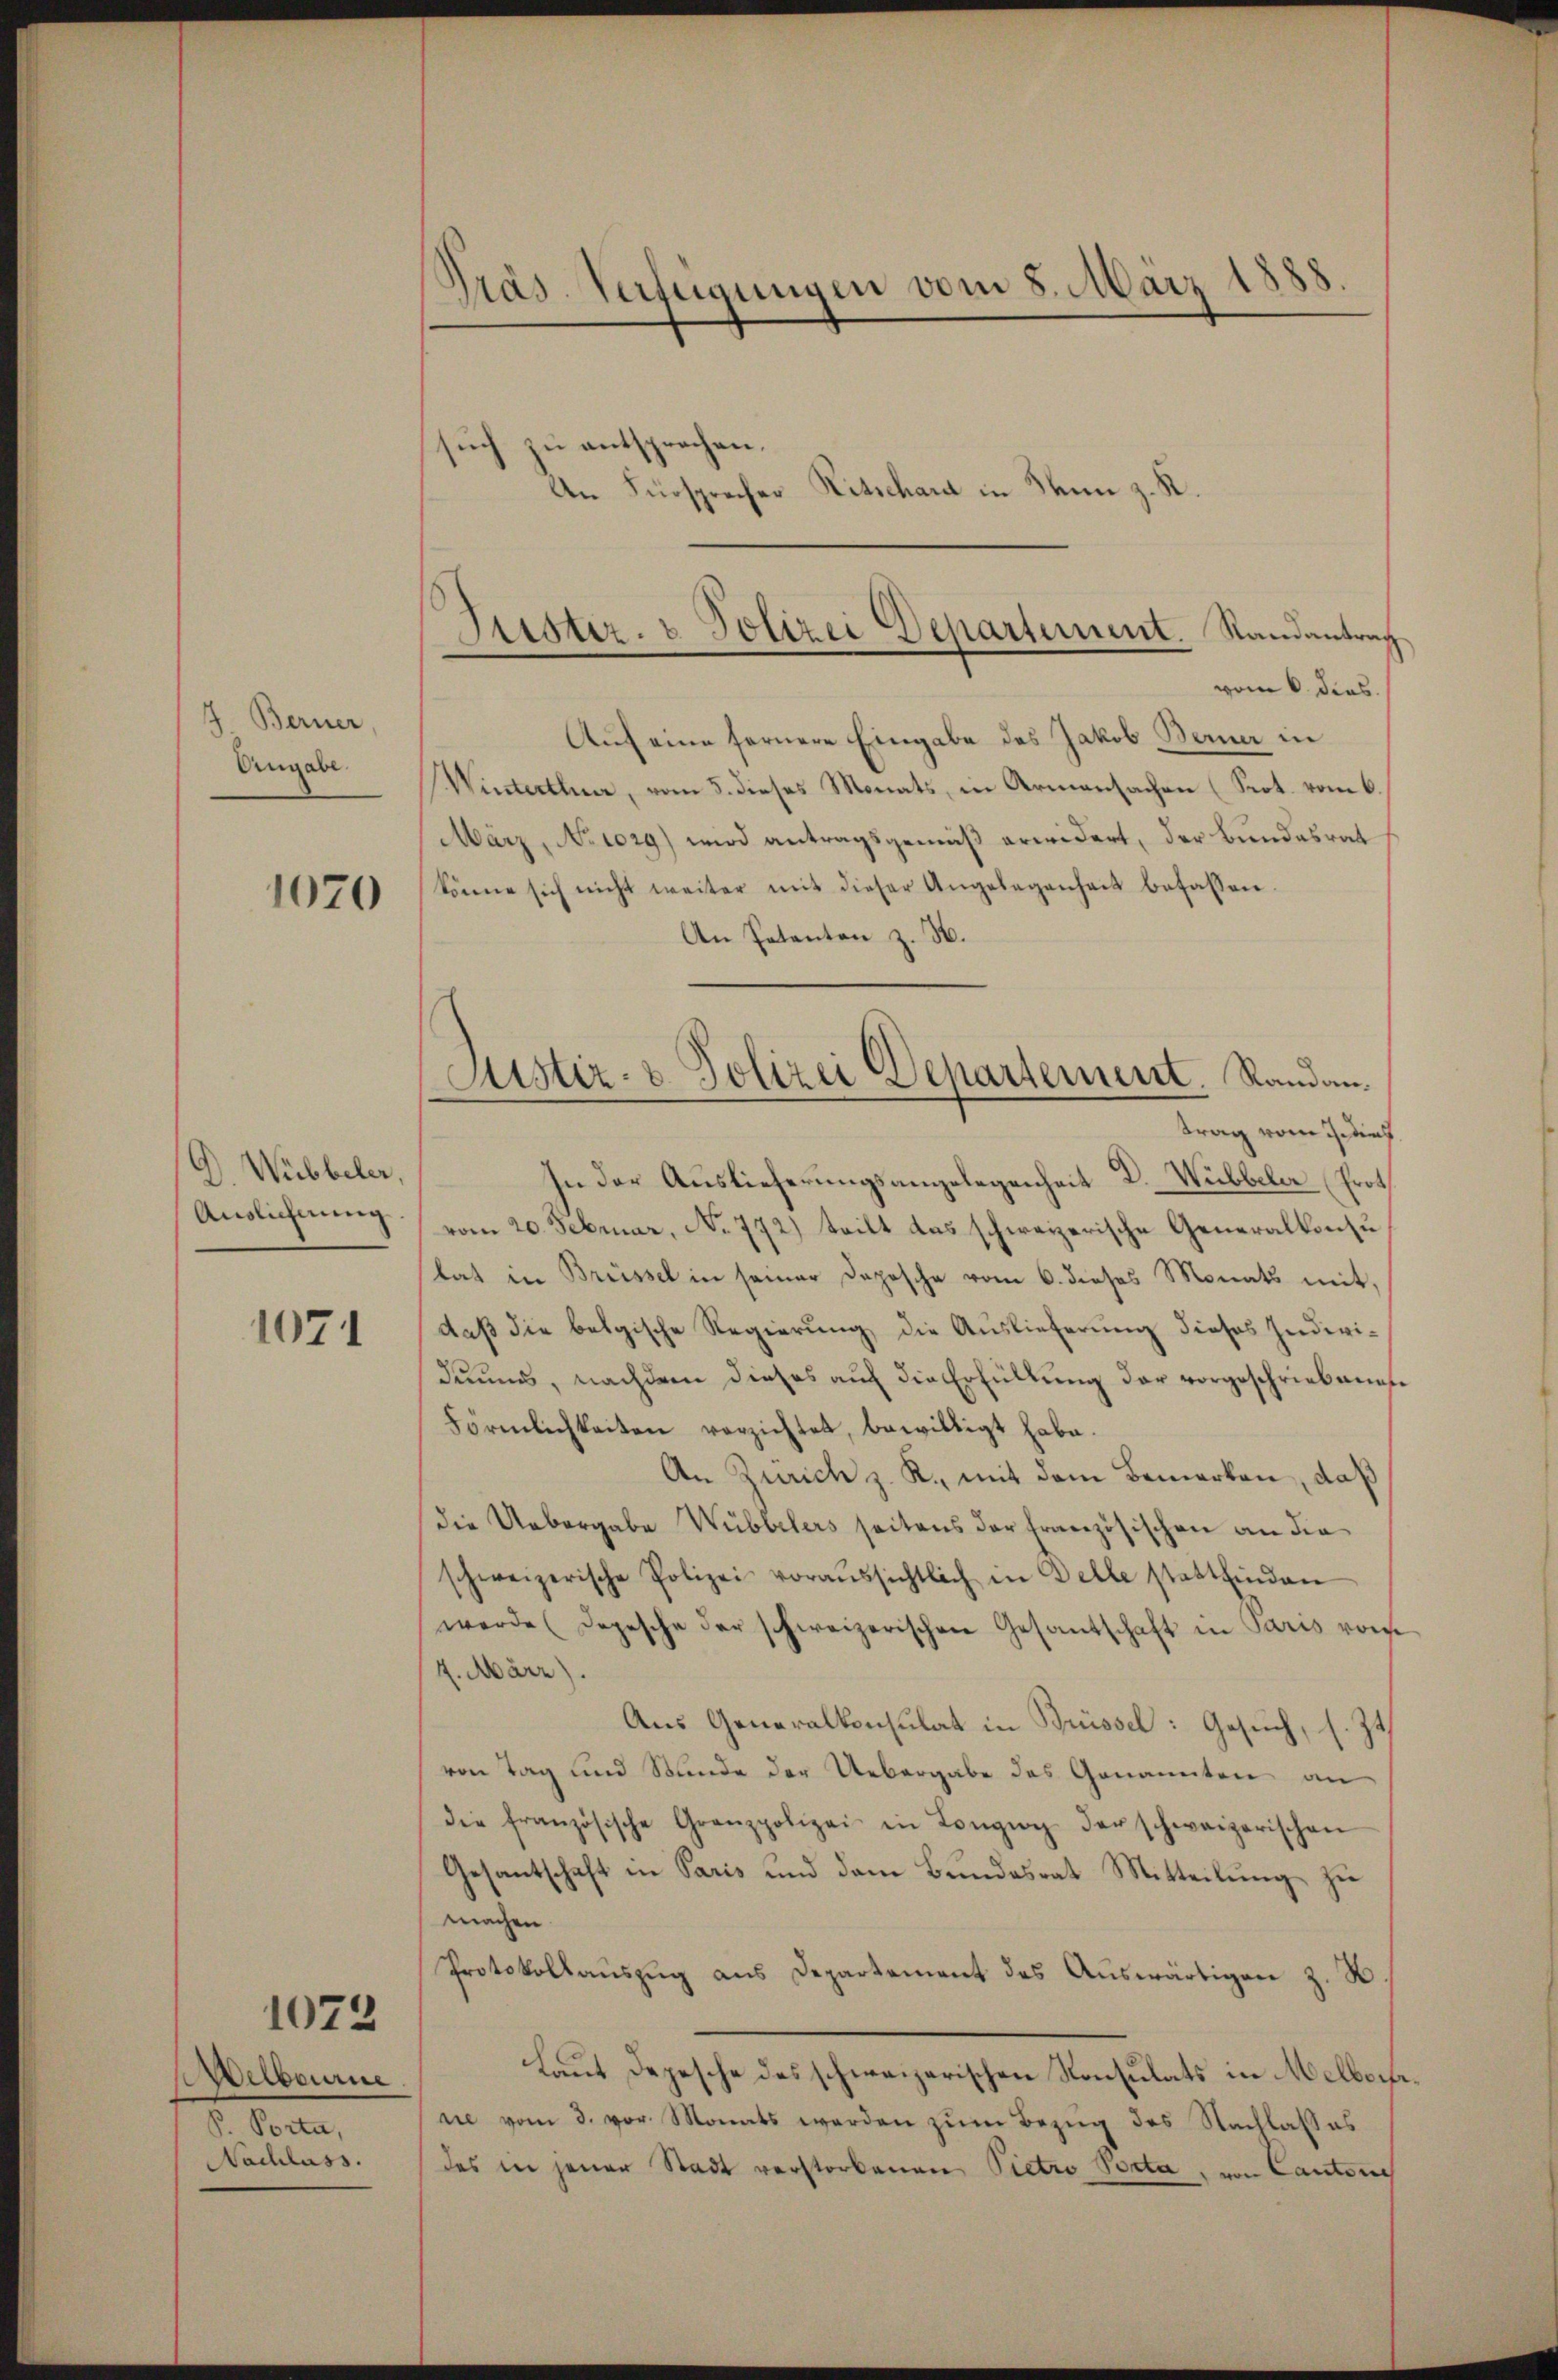
J. Berner,
Ungabe.

1070

G. Wübbeler,
Auslichnung

1071

1072

Welbourne
1. Seiten
Nachlass.

such zu entsprochen.
Am Fürsprecher Ritschard in Dann z. K.

Präs. Verfügungen vom 8. März 1888

Justiz- & Polizei Departement. Randantrag
vom 6. dies

Justiz- & Polizei Departement. Randan¬

Auf eine fernere Eingabe des Jakob Berner in
Winterthur, vom 5. dieses Monats, in Armensachen (Prot. vom 6.
März, No 1029) wird antragsgemäß erwidert, der Bundesrat
könne sich nicht weiter mit dieser Angelegenheit befassen.
An Petenten z. H.
trag vom 3. Dief
In der Auslieferungsangelegenheit D. Wubbeler (Prot
vom 20. Februar, No 772) teilt das schweizerische Generalkonsu
stat in Brüssel in seiner Depesche vom 6. dieses Monats mit,
daß die belgische Regierung die Auslieferung dieses Individuums, nachdem dieses auf die Erfüllung der vorgeschriebenen
Förmlichkeiten verzichtet, bewilligt habe.
An Zürich z. K. mit dem Bemerken, daß
die Uebergabe Wübbelers seitens der französischen an die
schweizerische Polizei voraŭssichtlich in Delle stattfinden
werde (Depesche der schweizerischen Gesantschaft in Paris vom
4. März).
Aus Generalkonsulat in Brüssel: Gesuch, s. Z.
von Tag und Stunde der Uebergabe des Genannten an
die französische Granzpolizei in Longig der schweizerischen
Gesantschaft in Paris und dem Bundesrat Mitteilung zu
machen.
Protokollauszug aus Departement des Auswärtigen z. B.
Laut Depesche des schweizerischen Konsulats in Melbor
nie vom 3. vor Monats werden zum Bezug des Nachlaßes
des in jener Stadt verstorbenen Pietro Porta, von Cantone